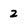
Character: 2